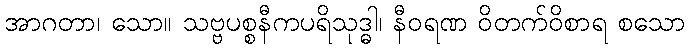
အာဂတာ၊ သော။ သဗ္ဗပစ္စနီကပရိသုဒ္ဓါ၊ နီဝရဏ ဝိတက်ဝိစာရ စသော